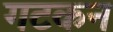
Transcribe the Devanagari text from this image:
गटकन